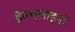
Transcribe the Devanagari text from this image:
हेल्पलाइनों